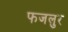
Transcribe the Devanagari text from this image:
फजलुर